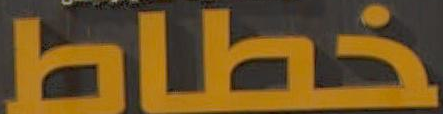
خطاط